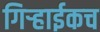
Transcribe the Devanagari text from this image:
गिर्‍हाईकच